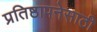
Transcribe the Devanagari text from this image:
प्रतिष्ठापनेसाठी